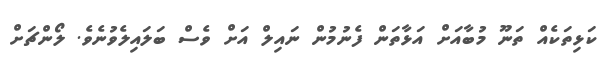
ކަޅިތަކެއް ތަނޫ މުބާއަށް އަޅާތަން ފެނުމުން ނައިލް އަށް ވެސް ބަލައިލެވުނެވެ. ލޯންޗަށް